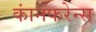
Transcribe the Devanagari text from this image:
कांनफरेन्स